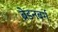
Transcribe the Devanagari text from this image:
ब्रेडनबर्ग